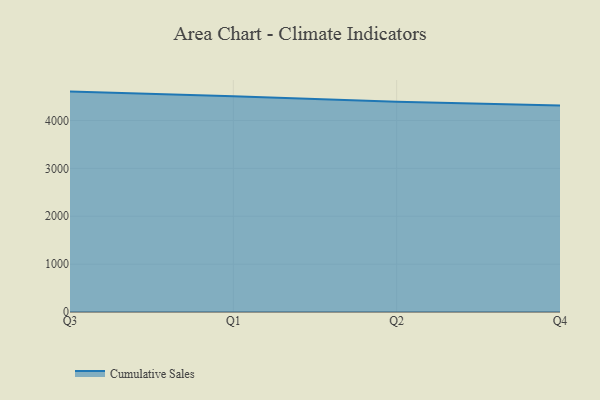
{"axis": {"x": "Quarter", "y": "Satisfaction Score"}, "legend": ["Cumulative Sales"], "data": [{"x": "Q3", "y": 4604.0, "type": "Cumulative Sales"}, {"x": "Q1", "y": 4508.9, "type": "Cumulative Sales"}, {"x": "Q2", "y": 4392.4, "type": "Cumulative Sales"}, {"x": "Q4", "y": 4311.5, "type": "Cumulative Sales"}]}